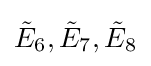
{\tilde {E}}_{6},{\tilde {E}}_{7},{\tilde {E}}_{8}